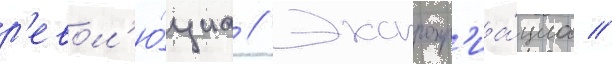
р'евол'ю́циа // Экспропр'иа́циа //